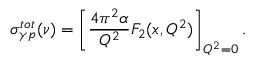
\sigma _ { { \gamma } p } ^ { t o t } ( \nu ) = \left[ \frac { 4 \pi ^ { 2 } \alpha } { Q ^ { 2 } } F _ { 2 } ( x , Q ^ { 2 } ) \right] _ { Q ^ { 2 } = 0 } .